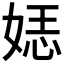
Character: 𮱈